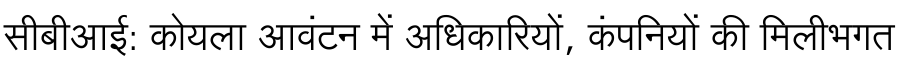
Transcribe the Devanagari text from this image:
सीबीआई: कोयला आवंटन में अधिकारियों, कंपनियों की मिलीभगत